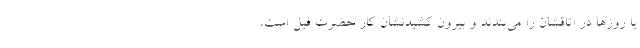
یا روزها در اتاقشان را می‌بندند و بیرون کشیدنشان کار حضرت فیل است،